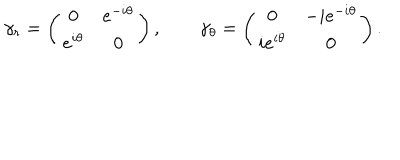
\gamma _ { r } = \left( \begin{array} { c c } { { 0 } } & { { e ^ { - i \theta } } } \\ { { e ^ { i \theta } } } & { { 0 } } \\ \end{array} \right) , \qquad \gamma _ { \theta } = \left( \begin{array} { c c } { { 0 } } & { { - i e ^ { - i \theta } } } \\ { { i e ^ { i \theta } } } & { { 0 } } \\ \end{array} \right) .